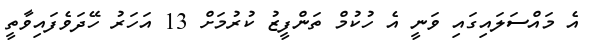
އެ މައްސަލައިގައި ވަނީ އެ ހުކުމް ތަންފީޒު ކުރުމަށް 13 އަހަރު ހޭދަވެފައިވާތީ